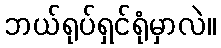
ဘယ်ရုပ်ရှင်ရုံမှာလဲ။